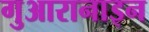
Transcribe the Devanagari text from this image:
गुआरानाइन